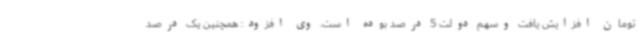
تومان افزایش یافت وسهم دولت 5 درصد بوده است. وی افزود: همچنین یک درصد